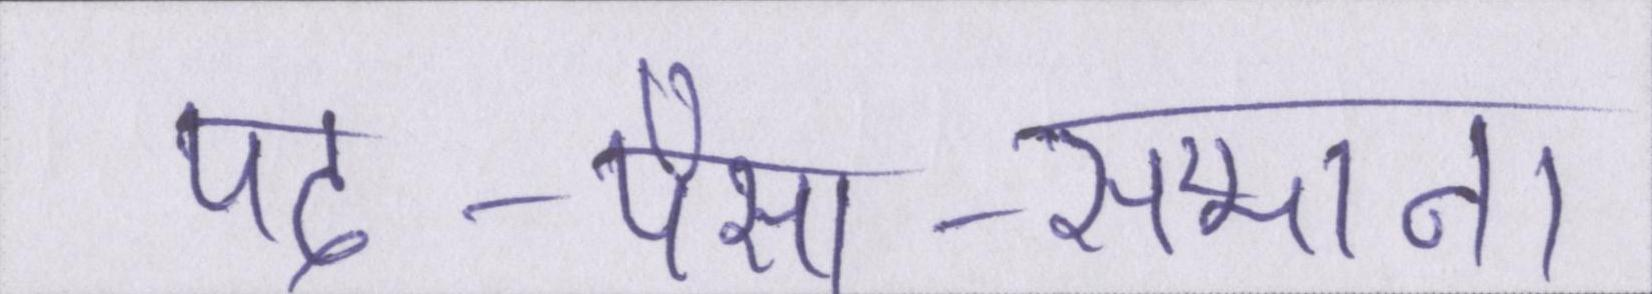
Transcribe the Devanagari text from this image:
पद-पैसा-सम्मान।